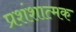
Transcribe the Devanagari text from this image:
प्रशंशात्मक